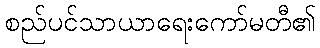
စည်ပင်သာယာရေးကော်မတီ၏